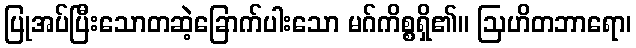
ပြုအပ်ပြီးသောတဆဲ့ခြောက်ပါးသော မဂ်ကိစ္စရှိ၏။ ဩဟိတဘာရော၊